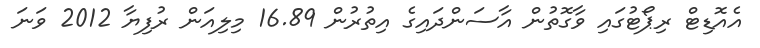
އެއޮޑިޓް ރިޕޯޓުގައި ވާގޮތުން އާސަންދައިގެ އިތުރުން 16.89 މިލިއަން ރުފިޔާ 2012 ވަނަ